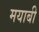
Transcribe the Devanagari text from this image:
मयाबी